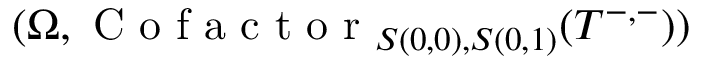
( \Omega , \mathrm { ~ C ~ o ~ f ~ a ~ c ~ t ~ o ~ r ~ } _ { S ( 0 , 0 ) , S ( 0 , 1 ) } ( T ^ { - , - } ) )